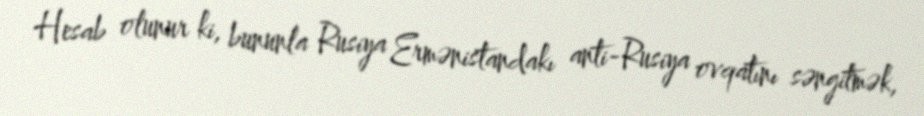
Hesab olunur ki, bununla Rusiya Ermənistandakı anti-Rusiya ovqatını səngitmək,